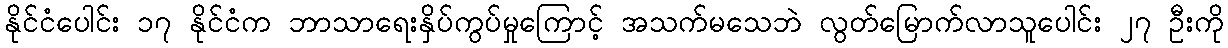
နိုင်ငံပေါင်း ၁၇ နိုင်ငံက ဘာသာရေးနှိပ်ကွပ်မှုကြောင့် အသက်မသေဘဲ လွတ်မြောက်လာသူပေါင်း ၂၇ ဦးကို